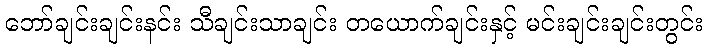
ဘော်ချင်းချင်းနင်း သီချင်းသာချင်း တယောက်ချင်းနှင့် မင်းချင်းချင်းတွင်း